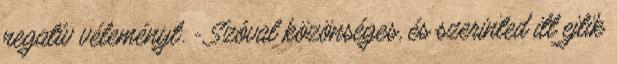
negatív véleményt. - Szóval közönséges, és szerinted itt ejtik